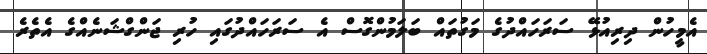
އެމީހުން ދިރިއުޅޭ ސަރަހައްދުގެ މަގުތައް ބަލަމުންގޮސް އެ ސަރަހައްދުގައި ހުރި ޖަންގްޝަނެއްގެ އެތެރެ